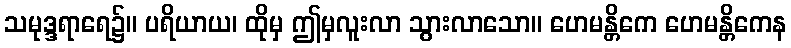
သမုဒ္ဒရာရေ၌။ ပရိယာယ၊ ထိုမှ ဤမှလူးလာ သွားလာသော။ ဟေမန္တိကေ ဟေမန္တိကေန